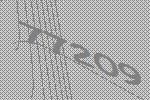
77209